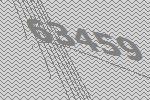
63459